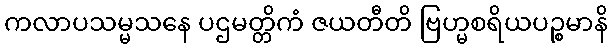
ကလာပသမ္မသနေ ပဌမတ္တိကံ ဇယတီတိ ဗြဟ္မစရိယပဉ္စမာနိ